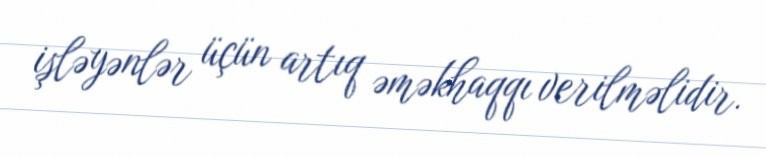
işləyənlər üçün artıq əməkhaqqı verilməlidir.